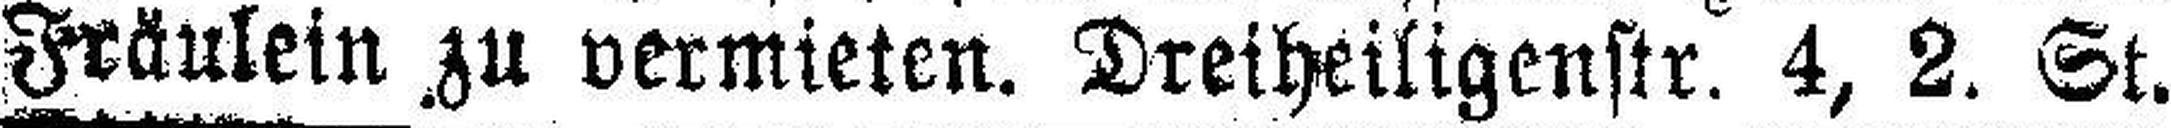
Fräulein zu vermieten. Dreiheiligenstr. 4, 2. St.